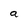
Character: a